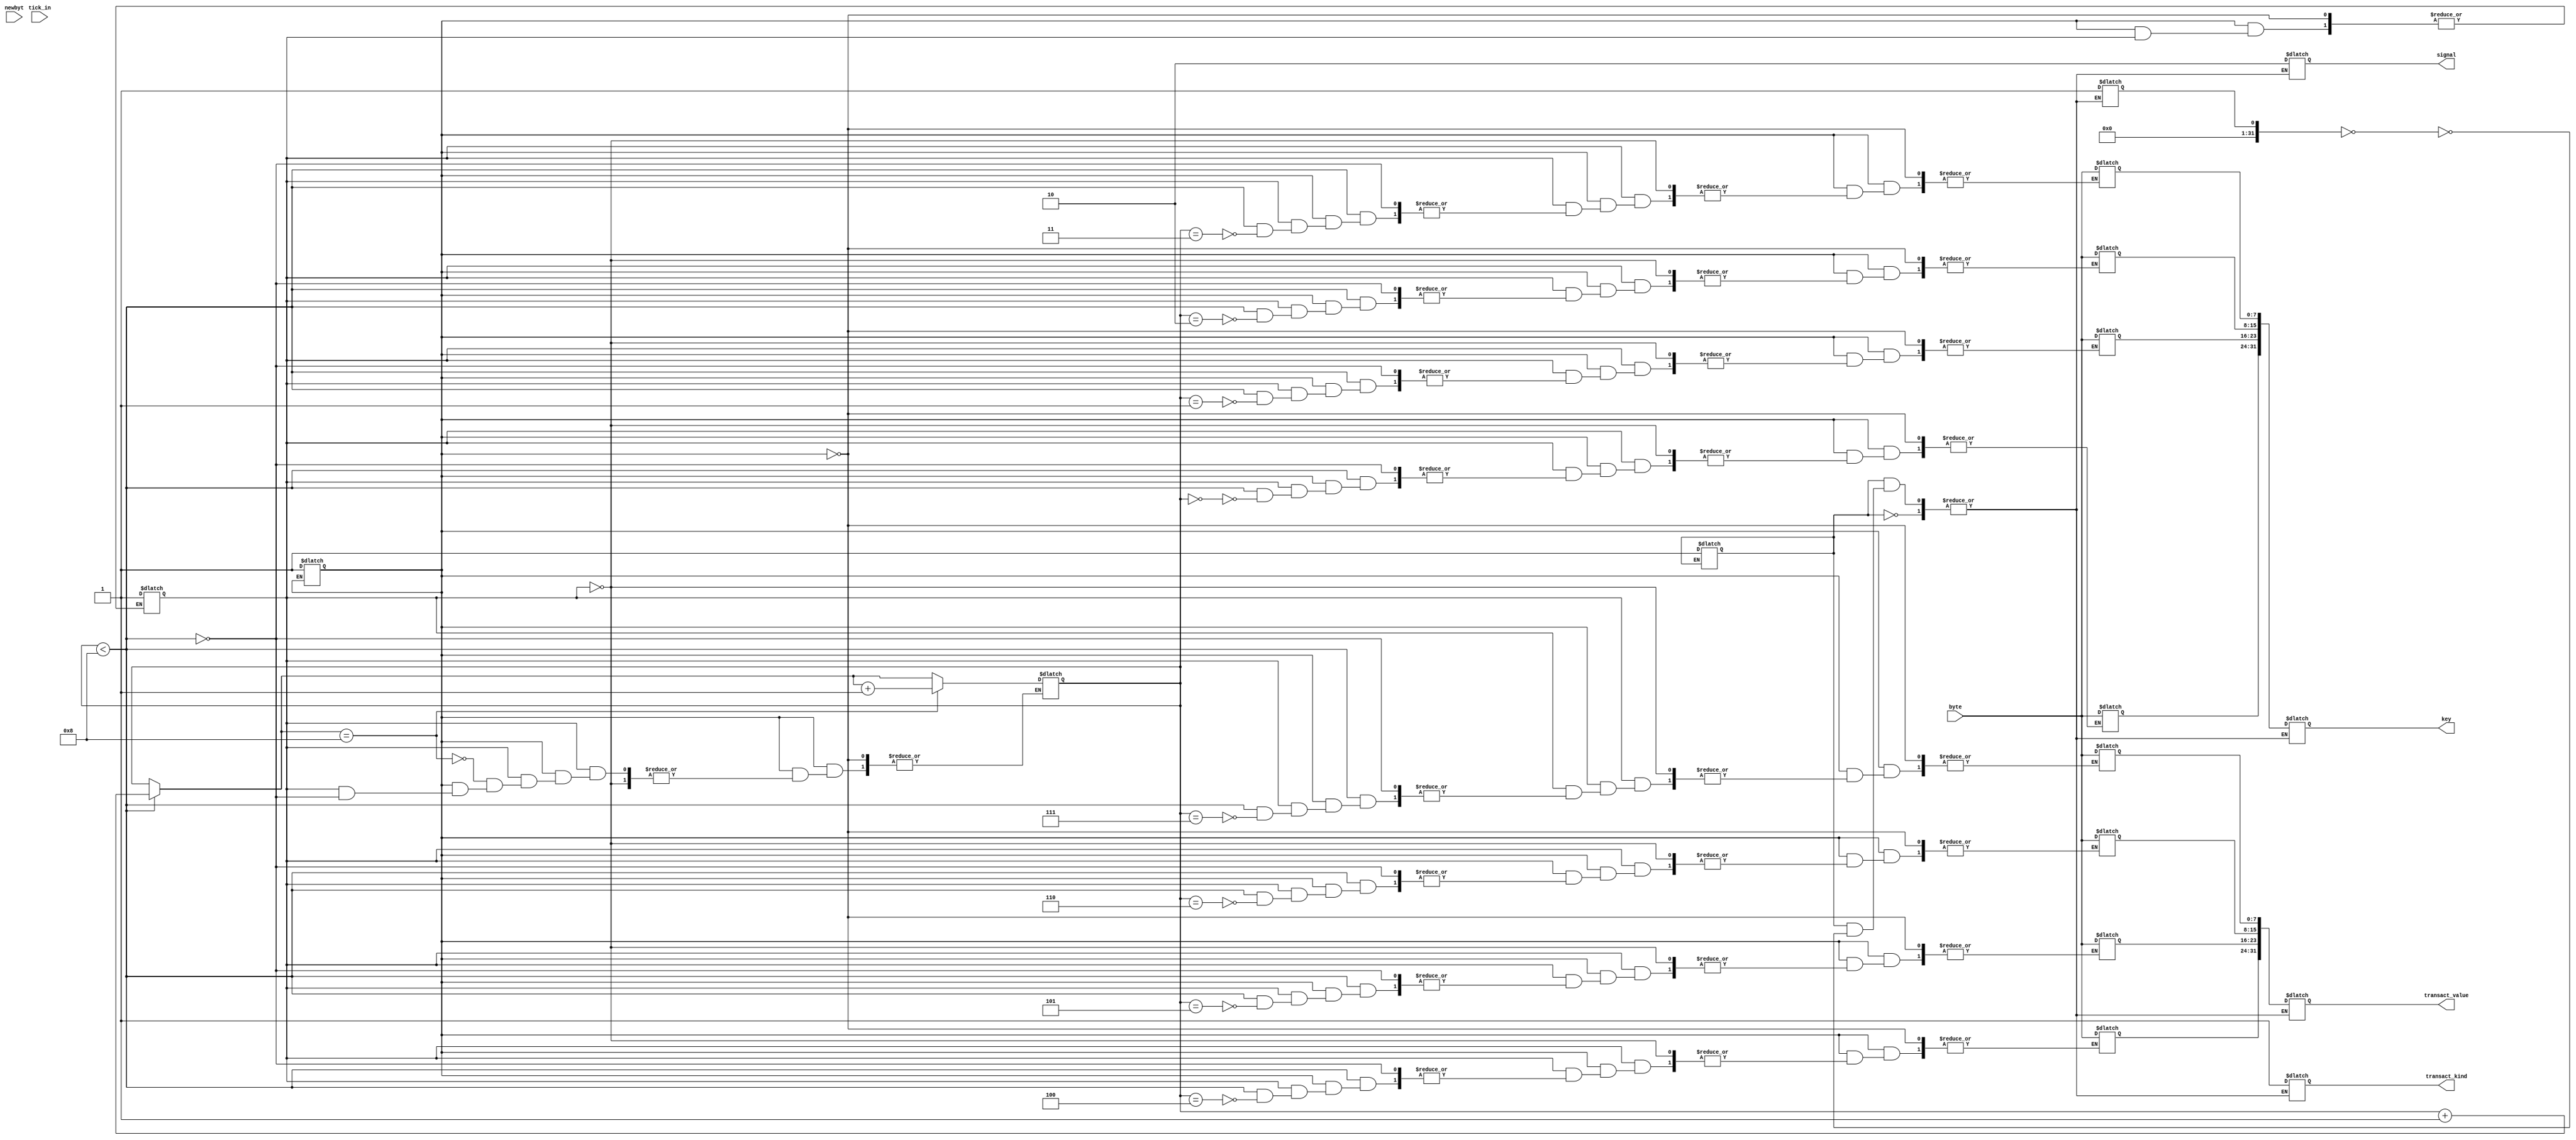
module issue (
    input [7:0] byte,
    input newbyt,
    output reg [1:0] signal,
    output reg [31:0] key,
    output reg transact_kind,
    output reg [31:0] transact_value,
    input tick_in
);

    reg init1 = 0;
    reg [7:0] packet [11:0];
    reg [3:0] i;
    reg trigger;
    reg init2 = 0;
    reg init3 = 0;
    reg init_trig = 0;
    integer doneflag;
    integer doneflag2;
    wire ticktock;

    assign ticktock = tick_in & trigger;
    
    initial begin
        init1 = 0;
        i = 0;
        init2 = 0;
        init3 = 0;
        doneflag = 0;
        doneflag2 = 0;
        trigger = 0;
    end

    always@(newbyt) begin
        if(init1 == 0) begin
            init1 = 1;
        end else begin
            if(init2 == 0) begin
                init2 = 1;
            end
            else begin
            //    if(init3 == 0) begin
            //        init3 = 1;
            //    end
            //$display("refer");
                //else begin
                    if(i < 8) begin
                        //$display("byte %d", byte);
                        //$display("i %d", i);
                        packet[i] = byte;
                        //$display("%d", packet[i]);
                        i = i+1;
                        //$display("%d, new i", i);
                        //$display("I reach here");
                        //$display("%d", packet[i]);
                    end
                    if(i == 8) begin
                        //$display("do i reach here?");
                        trigger = 1;
                        i=i+1;
                    end
                //end
            end
        end
    end

    always@(ticktock) begin
        //$display("hi");
        if(init_trig == 0) begin
            init_trig =1;
        end
        else begin
        if(doneflag == 0) begin
            //$display("hello");
        signal= 2;
        transact_kind = 1;
        key[31:24] = packet[0];
        key[23:16] = packet[1];
        key[15:8] = packet[2];
        key[7:0] = packet[3];
        transact_value[31:24] = packet[4];
        transact_value[23:16] = packet[5];
        transact_value[15:8] = packet[6];
        transact_value[7:0] = packet[7];
        $display("Issued to key %d the amount %d", key, transact_value);
        //$display("%d", key);
        $display("New balance:");
        doneflag = 1;
        end
        /*else begin
        if(doneflag2 == 0) begin
        signal = 2;
        transact_kind = 1;
        key[31:24] = packet[4];
        key[23:16] = packet[5];
        key[15:8] = packet[6];
        key[7:0] = packet[7];
        transact_value[31:24] = packet[8];
        transact_value[23:16] = packet[9];
        transact_value[15:8] = packet[10];
        transact_value[7:0] = packet[11];
        $display("%d", key);
        doneflag2 = 1;
        end
        end*/
        end
    end

endmodule